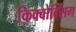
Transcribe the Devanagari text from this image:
किक्बोक्सिंग